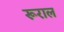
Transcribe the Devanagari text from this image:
रूराल